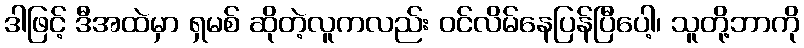
ဒါဖြင့် ဒီအထဲမှာ ရှမစ် ဆိုတဲ့လူကလည်း ဝင်လိမ်နေပြန်ပြီပေါ့၊ သူတို့ဘာကို